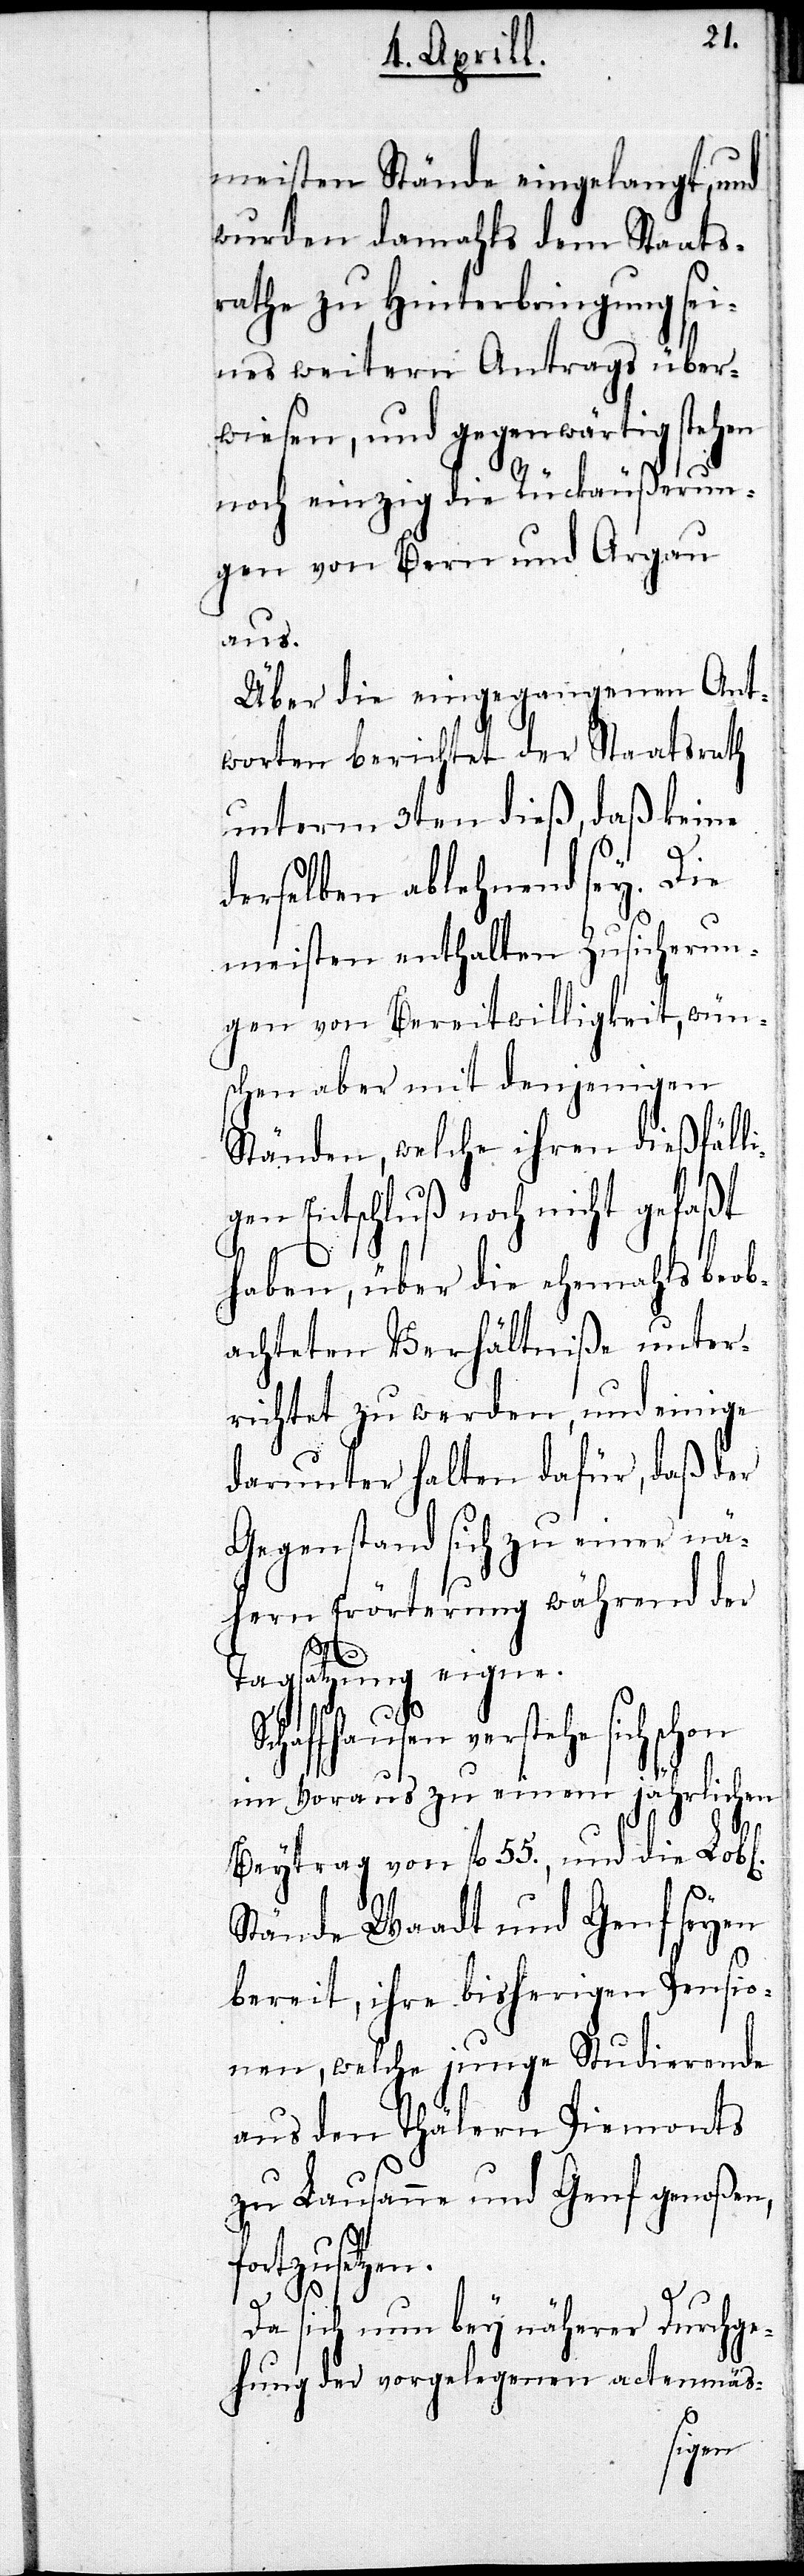
ll¬
meisten Stände eingelangt,
wurden damahls dem Staats¬
rathe zu Hinterbringung sei¬
ehe
nes weitern Antrags
wiesen, und gegenwärtig stehen
noch einzig die Rückäußerun¬
gen von Bern und Argau
aßt
Über die eingegangenen An¬
tworten berichtet der Staatsrath
unterm 3ten dieß, daß keine
derselben ablehnend sey. Die
meisten enthalten Zusicherun¬
gen von Bereitwilligkeit, wün¬
schen aber mit denjenigen
Ständen, welche ihren dießfä¬
igen Entschluß noch nicht gef¬
haben, über die ehemahls
unter¬
achteten Verhältniße
richtet zu werden, und
für,
darunter halten da¬
Gegenstand sich zu einer n¬
ähern Erörterung
l[ichen].
Tagsatzung eigne.
Schaffhausen verst¬
im Voraus zu einem jährli¬
Beytrag von fl. 55., und die Lob¬
Stände Waadt und Genf seyen
bereit, ihre bisherigen Pensio¬
nen, welche junge Studierende
aus den Thälern Piemonts
zu Lausanne und Genf genoßen,
fortzusetzen.
Da sich nun bey näherer Durchge¬
hung der vorgelegenen actenmäs-
chen